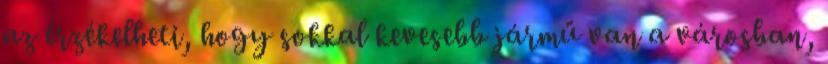
az érzékelheti, hogy sokkal kevesebb jármű van a városban,